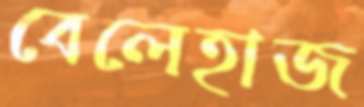
বেলেহাজ